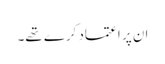
ان پر اعتماد کرے تھے۔